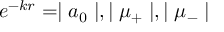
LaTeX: e ^ { - k r } = \mid a _ { 0 } \mid , \mid \mu _ { + } \mid , \mid \mu _ { - } \mid